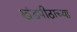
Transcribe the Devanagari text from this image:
खंडपीठाच्या